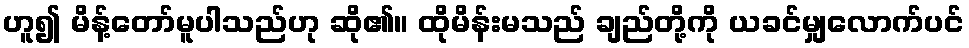
ဟူ၍ မိန့်တော်မူပါသည်ဟု ဆို၏။ ထိုမိန်းမသည် ချည်တို့ကို ယခင်မျှလောက်ပင်